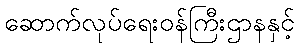
ဆောက်လုပ်ရေးဝန်ကြီးဌာနနှင့်